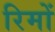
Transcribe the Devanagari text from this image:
रिमों